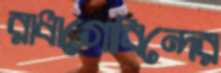
রাধাগোবিন্দের